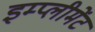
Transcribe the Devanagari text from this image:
इम्प्लीमेंट